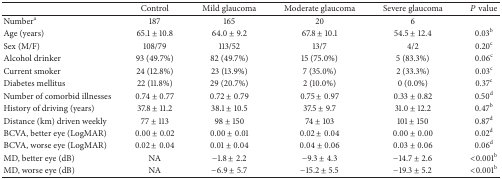
<table><thead><tr><td><b> </b></td><td><b>Control</b></td><td><b>Mild glaucoma</b></td><td><b>Moderate glaucoma</b></td><td><b>Severe glaucoma</b></td><td><b><i>P</i> value</b></td></tr></thead><tbody><tr><td>Number<sup>a</sup></td><td>187</td><td>165</td><td>20</td><td>6</td><td> </td></tr><tr><td>Age (years)</td><td>65.1 ± 10.8</td><td>64.0 ± 9.2</td><td>67.8 ± 10.1</td><td>54.5 ± 12.4</td><td>0.03<sup>b</sup></td></tr><tr><td>Sex (M/F)</td><td>108/79</td><td>113/52</td><td>13/7</td><td>4/2</td><td>0.20<sup>c</sup></td></tr><tr><td>Alcohol drinker </td><td>93 (49.7%)</td><td>82 (49.7%)</td><td>15 (75.0%)</td><td>5 (83.3%)</td><td>0.06<sup>c</sup></td></tr><tr><td>Current smoker</td><td>24 (12.8%)</td><td>23 (13.9%)</td><td>7 (35.0%)</td><td>2 (33.3%)</td><td>0.03<sup>c</sup></td></tr><tr><td>Diabetes mellitus</td><td>22 (11.8%)</td><td>29 (20.7%)</td><td>2 (10.0%)</td><td>0 (0.0%)</td><td>0.37<sup>c</sup></td></tr><tr><td>Number of comorbid illnesses</td><td>0.74 ± 0.77</td><td>0.72 ± 0.79</td><td>0.75 ± 0.97</td><td>0.33 ± 0.82</td><td>0.50<sup>d</sup></td></tr><tr><td>History of driving (years)</td><td>37.8 ± 11.2</td><td>38.1 ± 10.5</td><td>37.5 ± 9.7</td><td>31.0 ± 12.2</td><td>0.47<sup>b</sup></td></tr><tr><td>Distance (km) driven weekly</td><td>77 ± 113</td><td>98 ± 150</td><td>74 ± 103</td><td>101 ± 150</td><td>0.87<sup>d</sup></td></tr><tr><td>BCVA, better eye (LogMAR)</td><td>0.00 ± 0.02</td><td>0.00 ± 0.01</td><td>0.02 ± 0.04</td><td>0.00 ± 0.00</td><td>0.02<sup>d</sup></td></tr><tr><td>BCVA, worse eye (LogMAR)</td><td>0.02 ± 0.04</td><td>0.01 ± 0.04</td><td>0.04 ± 0.06</td><td>0.03 ± 0.06</td><td>0.06<sup>d</sup></td></tr><tr><td>MD, better eye (dB)</td><td>NA</td><td>−1.8 ± 2.2</td><td>−9.3 ± 4.3</td><td>−14.7 ± 2.6</td><td>&lt;0.001<sup>b</sup></td></tr><tr><td>MD, worse eye (dB)</td><td>NA</td><td>−6.9 ± 5.7</td><td>−15.2 ± 5.5</td><td>−19.3 ± 5.2</td><td>&lt;0.001<sup>b</sup></td></tr></tbody></table>